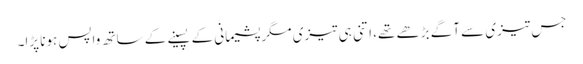
جس تیزی سے آگے بڑھے تھے، اتنی ہی تیزی مگر پشیمانی کے پسینے کے ساتھ واپس ہونا پڑا۔